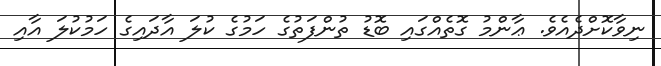
ނިވާކޮށްދެއެވެ. ޢާންމު ގޮތެއްގައި ބޮޑު ތުންފަތުގެ ހަމުގެ ކުލަ އާދައިގެ ހަމުކުލަ އާއި